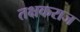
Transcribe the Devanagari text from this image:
तक्षकराज